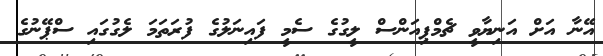
އޭނާ އަށް އަނިޔާވީ ޗެމްޕިއަންސް ލީގުގެ ސެމީ ފައިނަލުގެ ފުރަތަމަ ލެގުގައި ސްޕޭނުގެ